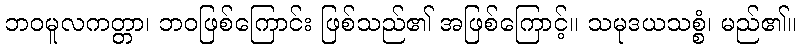
ဘဝမူလကတ္တာ၊ ဘဝဖြစ်ကြောင်း ဖြစ်သည်၏ အဖြစ်ကြောင့်။ သမုဒယသစ္စံ၊ မည်၏။